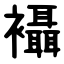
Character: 襵